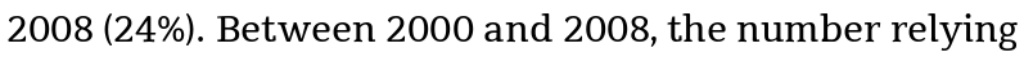
2008 (24%). Between 2000 and 2008, the number relying